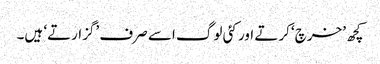
کچھ ’خرچ‘ کرتے اور کئی لوگ اسے صرف ’گزارتے‘ ہیں۔